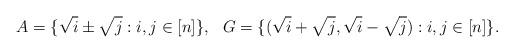
LaTeX: \begin{align*} A= \{ \sqrt i \pm \sqrt j : i,j \in [n]\},\,\,\,\, G=\{(\sqrt i + \sqrt j, \sqrt i - \sqrt j) : i,j \in [n] \}.\end{align*}